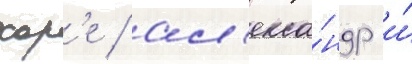
хор'е / ал'екса́ндр и́